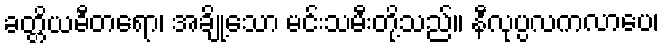
ခတ္တိယဓီတရော၊ အချို့သော မင်းသမီးတို့သည်။ နီလုပ္ပလကလာပေ၊